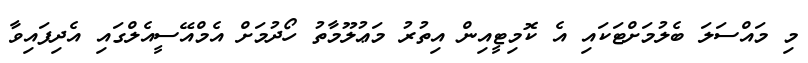
މި މައްސަލަ ބެލުމަށްޓަކައި އެ ކޮމިޓީއިން އިތުރު މަޢުލޫމާތު ހޯދުމަށް އެމްއޭސީއެލްގައި އެދިފައިވާ